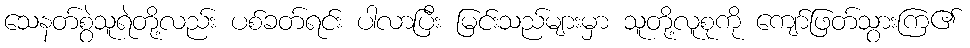
သေနတ်စွဲသူရဲတို့လည်း ပစ်ခတ်ရင်း ပါလာပြီး မြင်းသည်များမှာ သူတို့လူစုကို ကျော်ဖြတ်သွားကြ၏